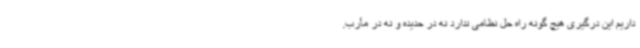
داریم این درگیری هیچ گونه راه حل نظامی ندارد نه در حدیده و نه در مأرب.